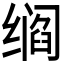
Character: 𬙁